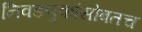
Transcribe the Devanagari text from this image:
निवडणुकांसोबतच